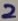
Text: 2